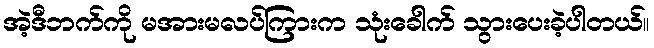
အဲ့ဒီဘက်ကို မအားမလပ်ကြားက သုံးခေါက် သွားပေးခဲ့ပါတယ်။